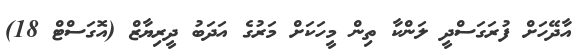
އާދޭހަށް ފުރަގަސްދީ ލަންކާ ތިން މީހަކަށް މަރުގެ އަދަބު ދީރިޔާޒް (އޮގަސްޓް 18)